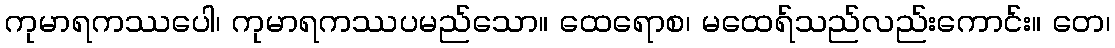
ကုမာရကဿပေါ၊ ကုမာရကဿပမည်သော။ ထေရောစ၊ မထေရ်သည်လည်းကောင်း။ တေ၊